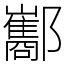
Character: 酅